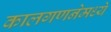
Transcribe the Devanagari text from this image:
कालगणनेमध्ये